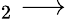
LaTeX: _2\longrightarrow